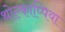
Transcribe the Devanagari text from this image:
थोल्काप्पिया